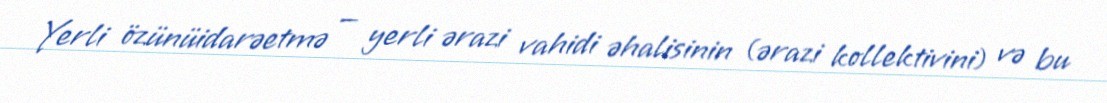
Yerli özünüidarəetmə — yerli ərazi vahidi əhalisinin (ərazi kollektivini) və bu